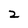
Character: 2